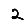
Digit: 2